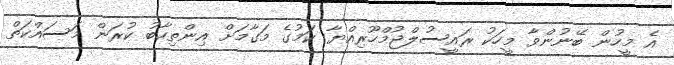
އެ މީހުން ބޭނުންވާ މީހަކު ރައީސުލްޖުމްހޫރިއްޔާ ކަމުގެ މަގާމަށް އިންތިހާބު ކުރަން މަސައްކަތް